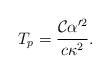
LaTeX: \begin{align*}T_p={{\mathcal{C}}\alpha'^2\over c\kappa^2}.\end{align*}